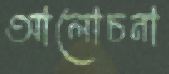
আলোচনা